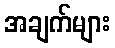
အချက်များ